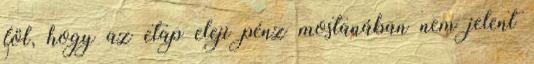
föl, hogy az etap eleji pénz mostanában nem jelent